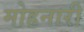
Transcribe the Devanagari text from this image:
मोहनारी